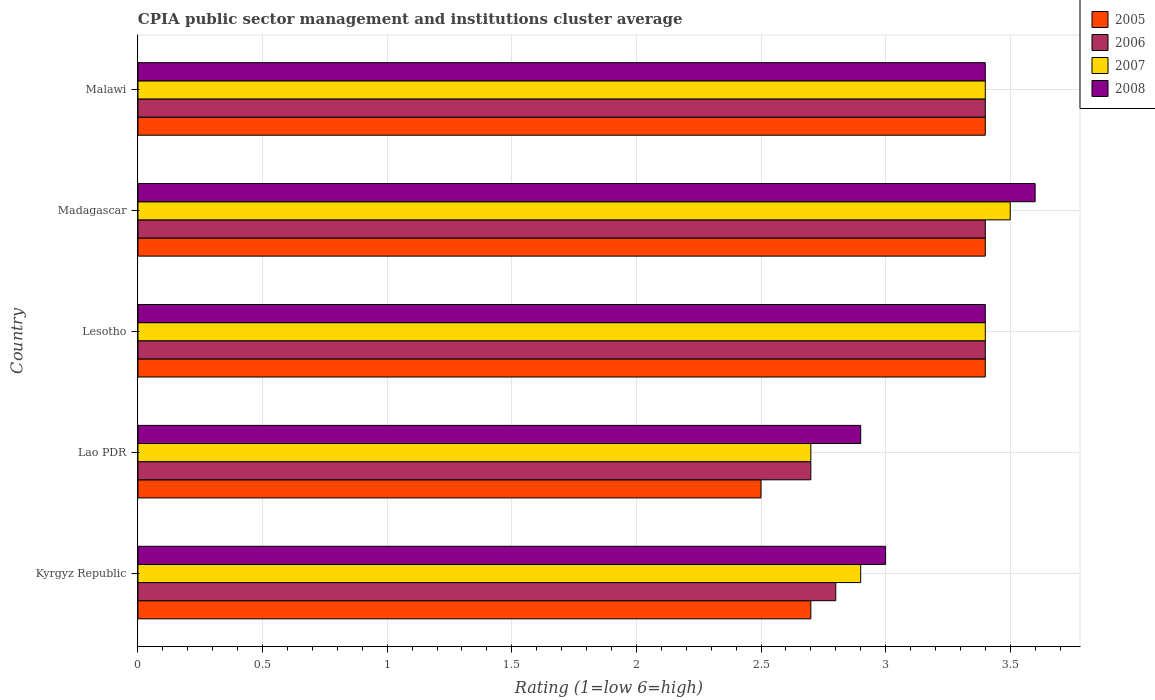
| Country | 2005 | 2006 | 2007 | 2008 |
 | --- | --- | --- | --- | --- |
 | Kyrgyz Republic | 2.7 | 2.8 | 2.9 | 3 |
 | Lao PDR | 2.5 | 2.7 | 2.7 | 2.9 |
 | Lesotho | 3.4 | 3.4 | 3.4 | 3.4 |
 | Madagascar | 3.4 | 3.4 | 3.5 | 3.6 |
 | Malawi | 3.4 | 3.4 | 3.4 | 3.4 |